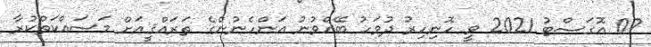
07 އޮގަސްޓު 2021 ވީ ހޮނިހިރު ދުވަހު ބޭއްވުނު އަންހެނުންގެ ތަރައްޤީއަށް މަސައްކަތްކުރާ